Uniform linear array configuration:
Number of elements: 48
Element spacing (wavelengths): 0.5
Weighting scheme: cosine
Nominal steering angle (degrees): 30
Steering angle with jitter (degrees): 30.405
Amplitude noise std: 0.05
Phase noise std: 0.05

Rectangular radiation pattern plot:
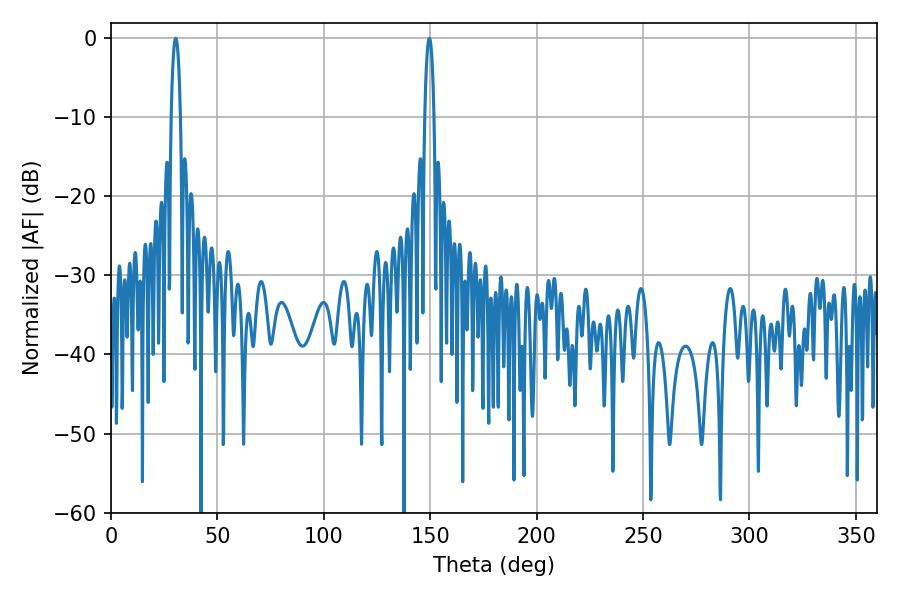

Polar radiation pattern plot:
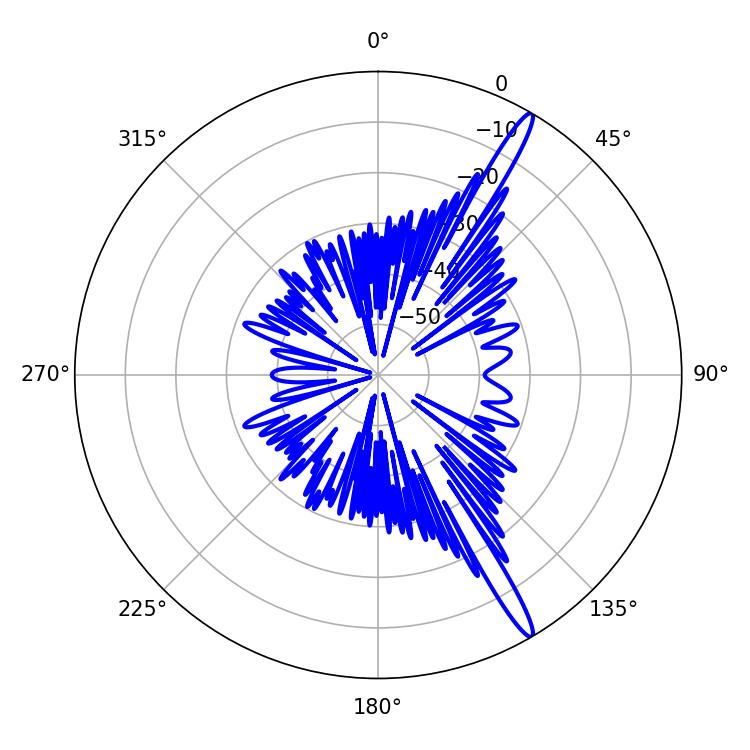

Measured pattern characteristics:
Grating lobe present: FALSE
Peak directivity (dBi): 16.075
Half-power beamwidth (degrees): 2.52
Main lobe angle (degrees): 30.42